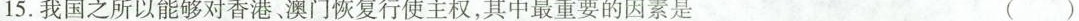
15.我国之所以能够对香港、澳门恢复行使主权，其中最重要的因素是 ()